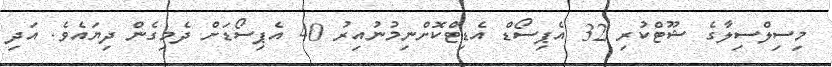
މިސިލްސިލާގެ ޝޫޓްކުރި 32 އެޕިސޯޑް އެޑިޓްކޮށްނިމުނުއިރު 40 އެޕިސޯޑަށް ދެމިގެން ދިޔައެވެ. އަދި